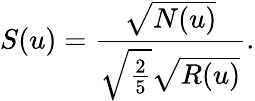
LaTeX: S(u)=\frac{\sqrt{N(u)}}{\sqrt{\frac{2}{5}}\sqrt{R(u)}}.